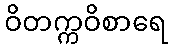
ဝိတက္ကဝိစာရေ